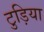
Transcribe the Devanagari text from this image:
टुड़िया